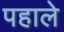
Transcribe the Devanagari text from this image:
पहाले